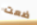
ضعت